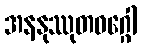
အနနုဿုတဝဂ္ဂေါ